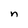
Character: n